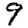
Digit: 9